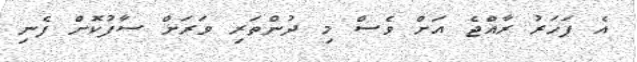
އެ ފަހަރު ރާއްޖެ އަށް ވެސް މި ދުންތަރި ވަރަށް ސާފުކޮށް ފެނި